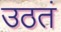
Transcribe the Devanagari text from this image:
उठतं